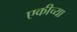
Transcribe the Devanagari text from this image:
एकीच्या